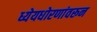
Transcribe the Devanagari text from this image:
ध्येयधोरणांवरून